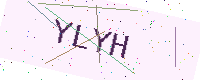
Text: YLYH